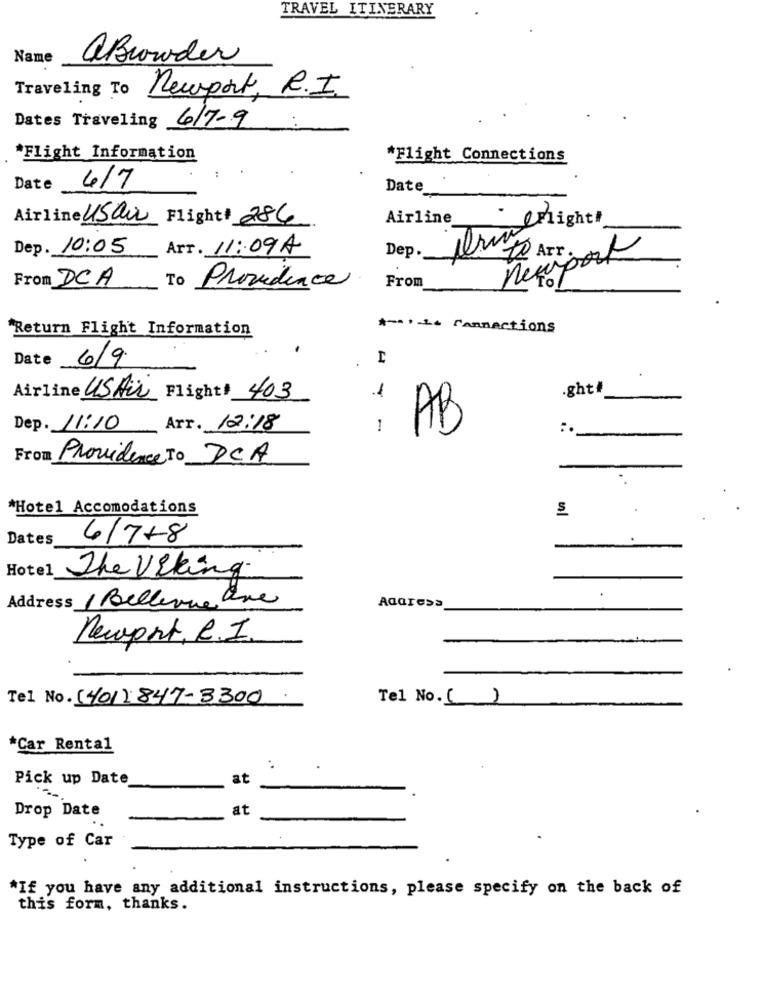
TRAVEL ITINERARY
Name
aBrowder
Traveling T
Newport, R.I.
Dates Traveling 6/7-9
`Flight Information
*Flight Connections
Date
6/7
Date
Airline USau Flight1 286
Airline_
Wright
Dep. 10:05
Art. 11:09A
Dep.
10 Art. ort
necipo
From DCA
To
Providence
From
"Return Flight Information
*-* .- L+ Cannactions
Date
6/9
.ght
Airline US Air
Flight* 403
Dep. 11:10
Arr. 12:18
1
AB
:.
From Providence To DCA
-
*Hotel Accomodations
Dates
6/7+8
Hotel
The viking.
Address / Bellevue ane
Aaaresa
Newport, R.I.
Tel No. (401) 847-3300
Tel No. ()
*Car Rental
..
Pick up Date
at
Drop Date
at
Type of Car
*If you have any additional instructions, please specify on the back of
this form, thanks.